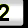
Digit: 2